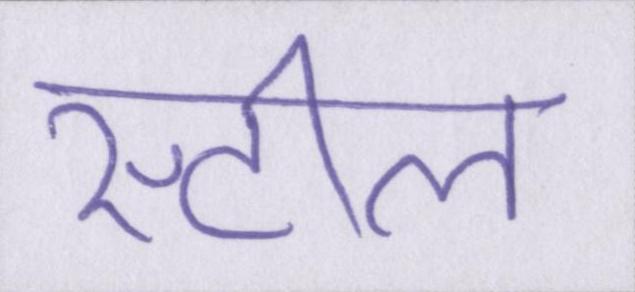
स्टील